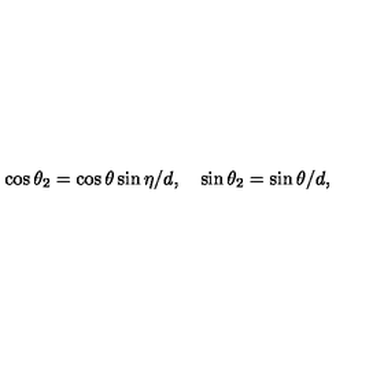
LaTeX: \cos { \theta _ { 2 } } = \cos { \theta } \sin { \eta } / d , \quad \sin { \theta _ { 2 } } = \sin { \theta } / d ,